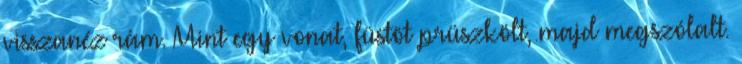
visszanéz rám. Mint egy vonat, füstöt prüszkölt, majd megszólalt.